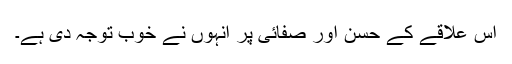
اس علاقے کے حسن اور صفائی پر انہوں نے خوب توجہ دی ہے۔